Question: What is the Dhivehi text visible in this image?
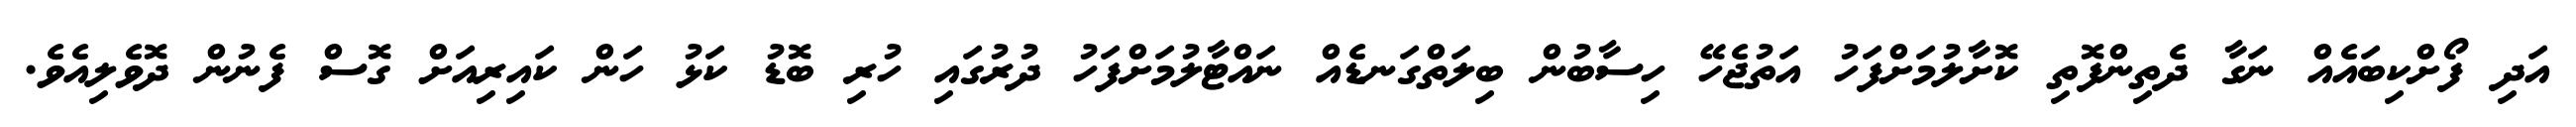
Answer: އަދި ފޯށްކިބައެއް ނަގާ ދެތިންފޮތި ކޮށާލުމަށްފަހު އަތުޖެހޭ ހިސާބުން ބިލަތްގަނޑެއް ނައްޓާލުމަށްފަހު ދުރުގައި ހުރި ބޮޑު ކަޅު ހަން ކައިރިއަށް ގޮސް ފެނުން ދޮވެލިއެވެ.